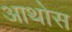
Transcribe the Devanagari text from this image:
आथोस